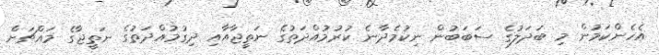
އެހެންކަމުން މި ބަދަލުގެ ސަބަބުން ނިކުމެދާނެ ކުރުމުއްދަތުގެ ނަތީޖާއާއި ދިގުމުއްދަތުގެ ނަތީޖާގެ މައްޗަށް